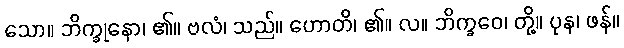
သော။ ဘိက္ခုနော၊ ၏။ ဗလံ၊ သည်။ ဟောတိ၊ ၏။ လ။ ဘိက္ခဝေ၊ တို့။ ပုန၊ ဖန်။